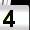
Digit: 4